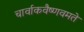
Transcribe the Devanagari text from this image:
चार्वाकवैष्णवमते